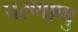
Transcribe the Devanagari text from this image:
परणाणु